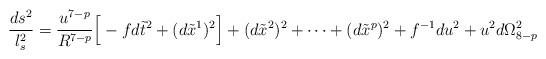
LaTeX: \begin{align*}\frac{ds^2}{l_s^2} = \frac{u^{7-p}}{R^{7-p}} \Big[ - f d\tilde{t}^2 + (d\tilde{x}^1)^2 \Big] + (d\tilde{x}^2)^2 + \cdots + (d\tilde{x}^p)^2+ f^{-1} du^2 + u^2 d\Omega_{8-p}^2\end{align*}